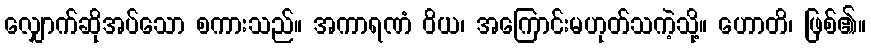
လျှောက်ဆိုအပ်သော စကားသည်။ အကာရဏံ ဝိယ၊ အကြောင်းမဟုတ်သကဲ့သို့။ ဟောတိ၊ ဖြစ်၏။